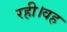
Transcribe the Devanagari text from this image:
रही।वह